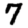
Digit: 7